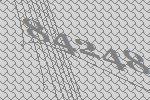
84248